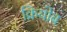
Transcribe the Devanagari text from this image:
क्रियोब